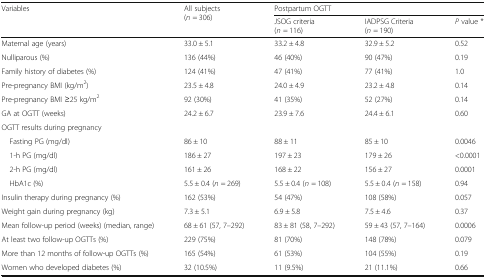
| <ROWSPAN=2> Variables | <ROWSPAN=2> All subjects(n = 306) | <COLSPAN=3> Postpartum OGTT |
 | JSOG criteria(n = 116) | IADPSG Criteria(n = 190) | P value * |
 | --- | --- | --- | --- | --- |
 | Maternal age (years) | 33.0 ± 5.1 | 33.2 ± 4.8 | 32.9 ± 5.2 | 0.52 |
 | Nulliparous (%) | 136 (44%) | 46 (40%) | 90 (47%) | 0.19 |
 | Family history of diabetes (%) | 124 (41%) | 47 (41%) | 77 (41%) | 1.0 |
 | Pre-pregnancy BMI (kg/m2) | 23.5 ± 4.8 | 24.0 ± 4.9 | 23.2 ± 4.8 | 0.14 |
 | Pre-pregnancy BMI ≥25 kg/m2 | 92 (30%) | 41 (35%) | 52 (27%) | 0.14 |
 | GA at OGTT (weeks) | 24.2 ± 6.7 | 23.9 ± 7.6 | 24.4 ± 6.1 | 0.60 |
 | <COLSPAN=5> OGTT results during pregnancy |
 | Fasting PG (mg/dl) | 86 ± 10 | 88 ± 11 | 85 ± 10 | 0.0046 |
 | 1-h PG (mg/dl) | 186 ± 27 | 197 ± 23 | 179 ± 26 | <0.0001 |
 | 2-h PG (mg/dl) | 161 ± 26 | 168 ± 22 | 156 ± 27 | 0.0001 |
 | HbA1c (%) | 5.5 ± 0.4 (n = 269) | 5.5 ± 0.4 (n = 108) | 5.5 ± 0.4 (n = 158) | 0.94 |
 | Insulin therapy during pregnancy (%) | 162 (53%) | 54 (47%) | 108 (58%) | 0.057 |
 | Weight gain during pregnancy (kg) | 7.3 ± 5.1 | 6.9 ± 5.8 | 7.5 ± 4.6 | 0.37 |
 | Mean follow-up period (weeks) (median, range) | 68 ± 61 (57, 7–292) | 83 ± 81 (58, 7–292) | 59 ± 43 (57, 7–164) | 0.0006 |
 | At least two follow-up OGTTs (%) | 229 (75%) | 81 (70%) | 148 (78%) | 0.079 |
 | More than 12 months of follow-up OGTTs (%) | 165 (54%) | 61 (53%) | 104 (55%) | 0.19 |
 | Women who developed diabetes (%) | 32 (10.5%) | 11 (9.5%) | 21 (11.1%) | 0.66 |